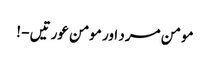
مومن مرد اور مومن عورتیں - !